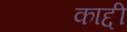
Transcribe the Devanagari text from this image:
काद्दी